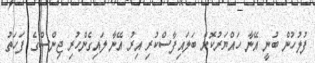
ފުލުހުން ބުނީ އޭނާ ހައްޔަރުކޮށް ބަލައިފާސްކުރި އިރު އޭނާ ލައިގެންހުރި ޖިންސްގެ ފަހަތު